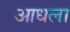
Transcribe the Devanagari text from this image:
आधला